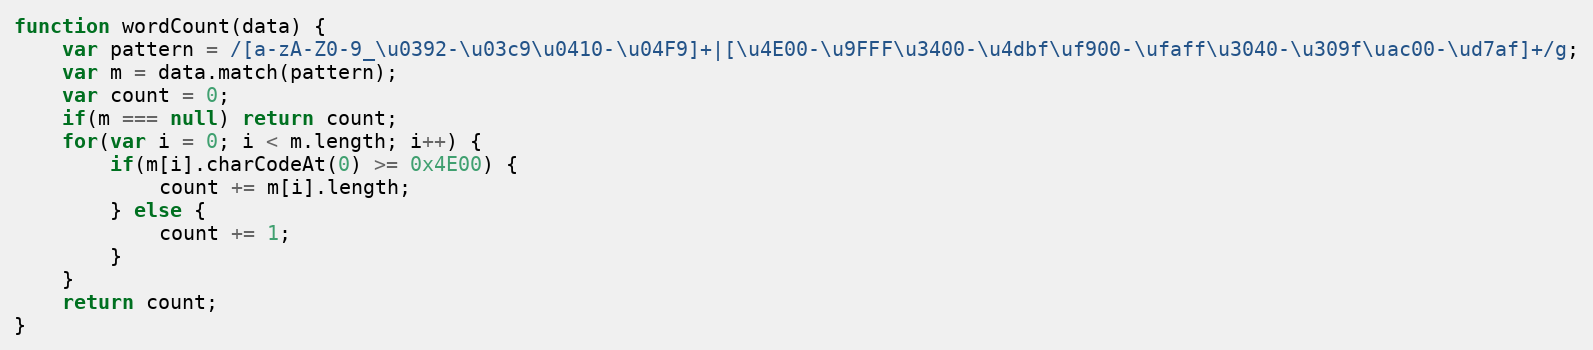
Language: JavaScript
function wordCount(data) {
	var pattern = /[a-zA-Z0-9_\u0392-\u03c9\u0410-\u04F9]+|[\u4E00-\u9FFF\u3400-\u4dbf\uf900-\ufaff\u3040-\u309f\uac00-\ud7af]+/g;
	var m = data.match(pattern);
	var count = 0;
	if(m === null) return count;
	for(var i = 0; i < m.length; i++) {
		if(m[i].charCodeAt(0) >= 0x4E00) {
			count += m[i].length;
		} else {
			count += 1;
		}
	}
	return count;
}